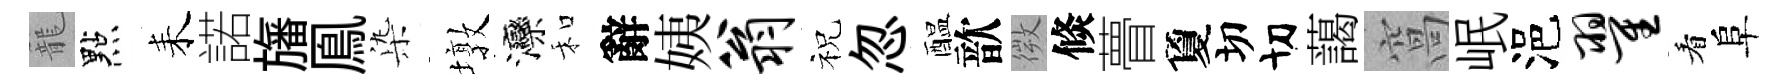
籠點耒諾旛鳯𣑱墩灤和辭姨翁祝忽醖歆微倐瞢夐切切藹窩岷浥翟看阜